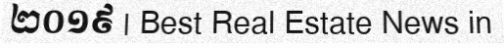
២០១៩ | Best Real Estate News in